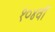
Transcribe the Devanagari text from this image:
१०४वॉ